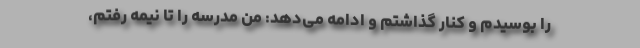
را بوسیدم و کنار گذاشتم و ادامه می‌دهد: من مدرسه را تا نیمه رفتم،